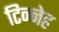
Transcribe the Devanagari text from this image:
टिन्नेह